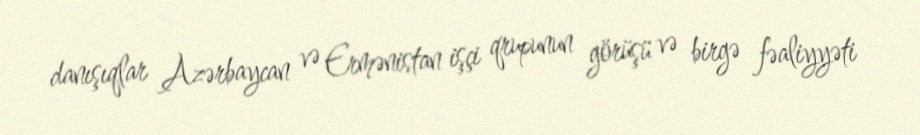
danışıqlar Azərbaycan və Ermənistan işçi qrupunun görüşü və birgə fəaliyyəti